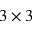
3 \times 3